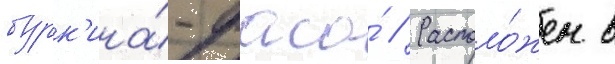
бурк'ина́-фасо́ // Располо́жен в